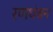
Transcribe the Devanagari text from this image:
रणथंबन